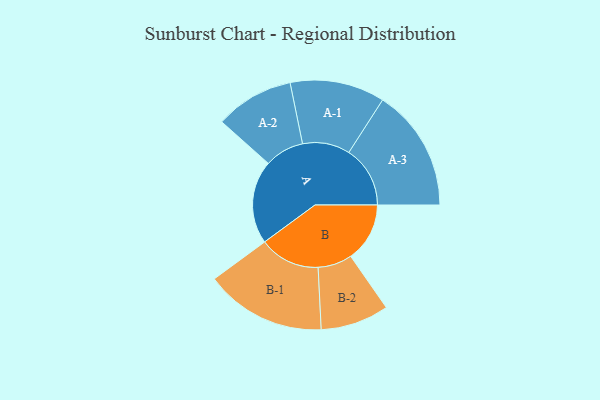
{"axis": {"x": "Segment", "y": "Value"}, "legend": ["", "A", "B"], "data": [{"x": "A", "y": 373, "type": ""}, {"x": "B", "y": 264, "type": ""}, {"x": "A-1", "y": 212, "type": "A"}, {"x": "A-2", "y": 176, "type": "A"}, {"x": "A-3", "y": 274, "type": "A"}, {"x": "B-1", "y": 271, "type": "B"}, {"x": "B-2", "y": 153, "type": "B"}]}